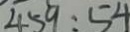
4 5 9 : 5 4